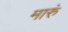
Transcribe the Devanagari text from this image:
मारुं